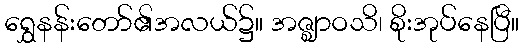
ရွှေနန်းတော်၏အလယ်၌။ အဇ္ဈာဝသိ၊ စိုးအုပ်နေပြီ။